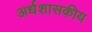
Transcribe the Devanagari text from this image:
अर्धशासकीय